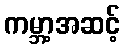
ကမ္ဘာ့အဆင့်